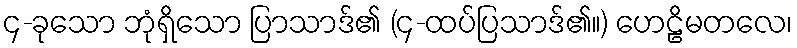
၄-ခုသော ဘုံရှိသော ပြာသာဒ်၏ (၄-ထပ်ပြသာဒ်၏။) ဟေဠိမတလေ၊